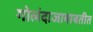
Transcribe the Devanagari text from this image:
गोलंदाजाबाबतीत